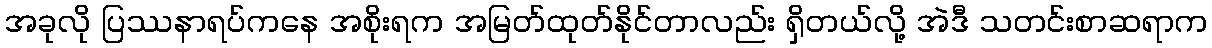
အခုလို ပြဿနာရပ်ကနေ အစိုးရက အမြတ်ထုတ်နိုင်တာလည်း ရှိတယ်လို့ အဲဒီ သတင်းစာဆရာက